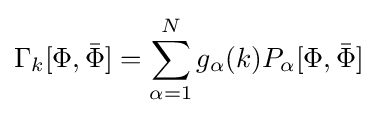
\Gamma _{k}[\Phi ,{\bar {\Phi }}]=\sum \limits _{\alpha =1}^{N}g_{\alpha }(k)P_{\alpha }[\Phi ,{\bar {\Phi }}]